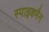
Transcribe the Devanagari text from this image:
स्पाइकमैन